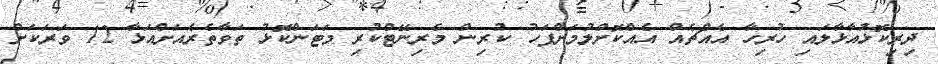
ދިރިކޮޅުއާޅާލައި ހުރިހާ އެއްޗެއް އެއްކޮށްލުމަށްފަހު ކުރިން މެރިނޭޓްކުރި މަޓަންކޮޅު ތަވާތެރެއަށްއަޅާ 12 ވަރަކަށް